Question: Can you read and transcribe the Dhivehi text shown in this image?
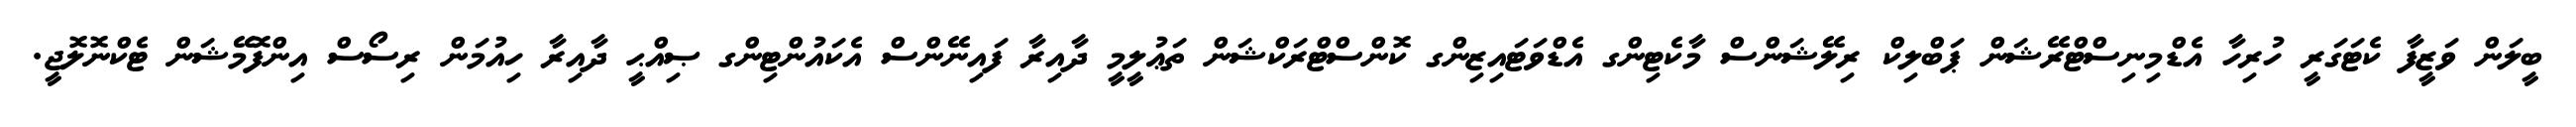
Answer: ބީލަން ވަޒީފާ ކެޓަގަރީ ހުރިހާ އެޑްމިނިސްޓްރޭޝަން ޕަބްލިކް ރިލޭޝަންސް މާކެޓިންގ އެޑްވަޓައިޒިންގ ކޮންސްޓްރަކްޝަން ތަޢުލީމީ ދާއިރާ ފައިނޭންސް އެކައުންޓިންގ ޞިއްޙީ ދާއިރާ ހިއުމަން ރިސޯސް އިންފޮމޭޝަން ޓެކްނޮލޮޖީ.